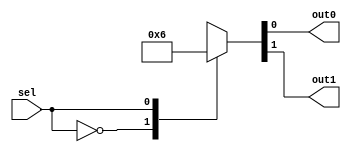
module TC_Decoder1 (sel, out0, out1);
    parameter UUID = 0;
    parameter NAME = "";
    input sel;
    output reg out0, out1;

    always @ (sel)
    begin
        case(sel)
        1'b0 : {out1, out0} =  2'b01;
        1'b1 : {out1, out0} =  2'b10;
        endcase
    end 
endmodule